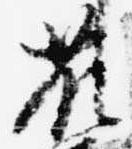
藤